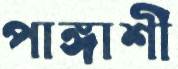
পাঙ্গাশী